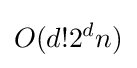
O(d!2^{d}n)